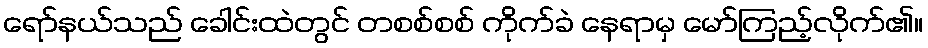
ရော်နယ်သည် ခေါင်းထဲတွင် တစစ်စစ် ကိုက်ခဲ နေရာမှ မော်ကြည့်လိုက်၏။